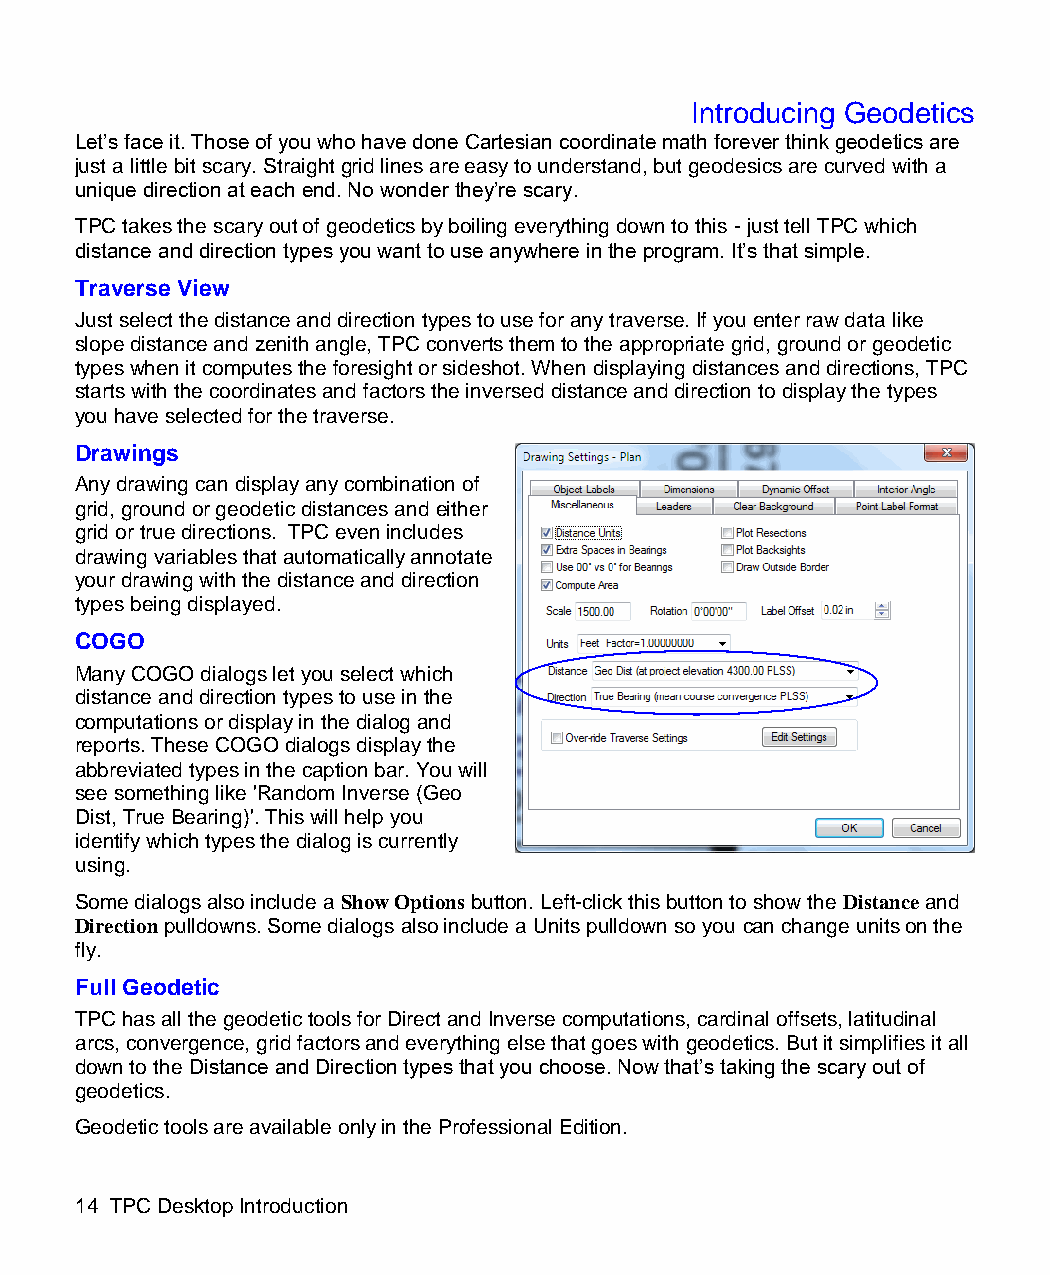
Introducing Geodetics
 Let’s face it. Those of you who have done Cartesian coordinate math forever think geodetics are
 just a little bit scary. Straight grid lines are easy to understand, but geodesics are curved with a
 unique direction at each end. No wonder they’re scary.
 TPC takes the scary out of geodetics by boiling everything down to this - just tell TPC which
 distance and direction types you want to use anywhere in the program. It’s that simple.
 Traverse View
 Just select the distance and direction types to use for any traverse. If you enter raw data like
 slope distance and zenith angle, TPC converts them to the appropriate grid, ground or geodetic
 types when it computes the foresight or sideshot. When displaying distances and directions, TPC
 starts with the coordinates and factors the inversed distance and direction to display the types
 you have selected for the traverse.
 Drawings
 Any drawing can display any combination of
 grid, ground or geodetic distances and either
 grid or true directions. TPC even includes
 drawing variables that automatically annotate
 your drawing with the distance and direction
 types being displayed.
 COGO
 Many COGO dialogs let you select which
 distance and direction types to use in the
 computations or display in the dialog and
 reports. These COGO dialogs display the
 abbreviated types in the caption bar. You will
 see something like 'Random Inverse (Geo
 Dist, True Bearing)'. This will help you
 identify which types the dialog is currently
 using.
 Some dialogs also include a Show Options button. Left-click this button to show the Distance and
 Direction pulldowns. Some dialogs also include a Units pulldown so you can change units on the
 fly.
 Full Geodetic
 TPC has all the geodetic tools for Direct and Inverse computations, cardinal offsets, latitudinal
 arcs, convergence, grid factors and everything else that goes with geodetics. But it simplifies it all
 down to the Distance and Direction types that you choose. Now that’s taking the scary out of
 geodetics.
 Geodetic tools are available only in the Professional Edition.
 14 TPC Desktop Introduction